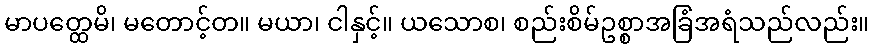
မာပတ္ထေမိ၊ မတောင့်တ။ မယာ၊ ငါနှင့်။ ယသောစ၊ စည်းစိမ်ဥစ္စာအခြံအရံသည်လည်း။